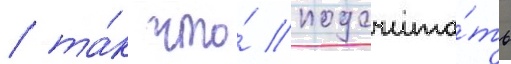
/ та́к что́ подсчита́ть